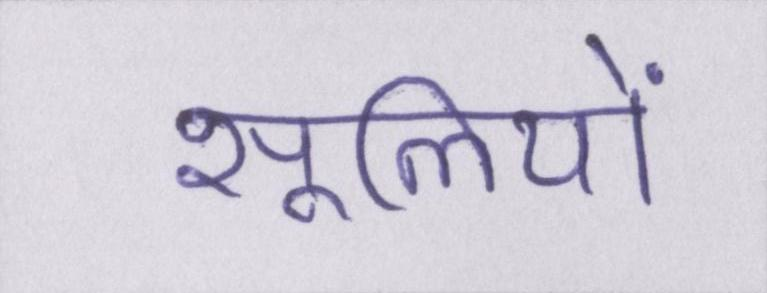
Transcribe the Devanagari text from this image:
सूलियों